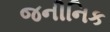
જનીનિક